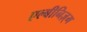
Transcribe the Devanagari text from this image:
एल्बीनिज़्म